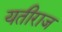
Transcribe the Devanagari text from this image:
यतीराज